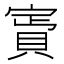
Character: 𧶎